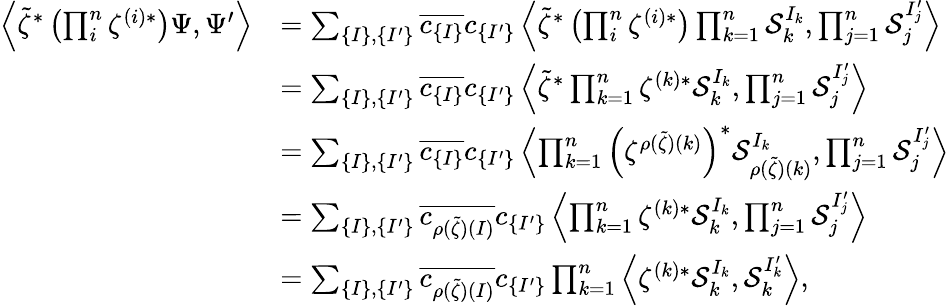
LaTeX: \begin{array}{rl}{\left<{\widetilde{\zeta}}^{*}\left(\prod_{i}^{n}\zeta^{(i)*}\right)\Psi,\Psi^{\prime}\right>}&{=\sum_{\left\lbrace I\right\rbrace,\left\lbrace I^{\prime}\right\rbrace}\overline{{c_{\{ I\} }}}c_{\{ I^{\prime}\} }\left<{\widetilde{\zeta}}^{*}\left(\prod_{i}^{n}\zeta^{(i)*}\right)\prod_{k=1}^{n}\mathcal{S}_{k}^{I_{k}},\prod_{j=1}^{n}\mathcal{S}_{j}^{I_{j}^{\prime}}\right>}\\ &{=\sum_{\left\lbrace I\right\rbrace,\left\lbrace I^{\prime}\right\rbrace}\overline{{c_{\left\lbrace I\right\rbrace}}}c_{\left\lbrace I^{\prime}\right\rbrace}\left<\widetilde{\zeta}^{*}\prod_{k=1}^{n}\zeta^{(k)*}\mathcal{S}_{k}^{I_{k}},\prod_{j=1}^{n}\mathcal{S}_{j}^{I_{j}^{\prime}}\right>}\\ &{=\sum_{\left\lbrace I\right\rbrace,\left\lbrace I^{\prime}\right\rbrace}\overline{{c_{\left\lbrace I\right\rbrace}}}c_{\left\lbrace I^{\prime}\right\rbrace}\left<\prod_{k=1}^{n}\left(\zeta^{\rho(\widetilde{\zeta})(k)}\right)^{*}\mathcal{S}_{\rho(\widetilde{\zeta})(k)}^{I_{k}},\prod_{j=1}^{n}\mathcal{S}_{j}^{I_{j}^{\prime}}\right>}\\ &{=\sum_{\left\lbrace I\right\rbrace,\left\lbrace I^{\prime}\right\rbrace}\overline{{c_{\rho(\widetilde{\zeta})(I)}}}c_{\left\lbrace I^{\prime}\right\rbrace}\left<\prod_{k=1}^{n}\zeta^{(k)*}{\mathcal{S}}_{k}^{I_{k}},\prod_{j=1}^{n}\mathcal{S}_{j}^{I_{j}^{\prime}}\right>}\\ &{=\sum_{\left\lbrace I\right\rbrace,\left\lbrace I^{\prime}\right\rbrace}\overline{{c_{\rho(\widetilde{\zeta})(I)}}}c_{\left\lbrace I^{\prime}\right\rbrace}\prod_{k=1}^{n}\left<\zeta^{(k)*}{\mathcal{S}}_{k}^{I_{k}},\mathcal{S}_{k}^{I_{k}^{\prime}}\right>,}\end{array}